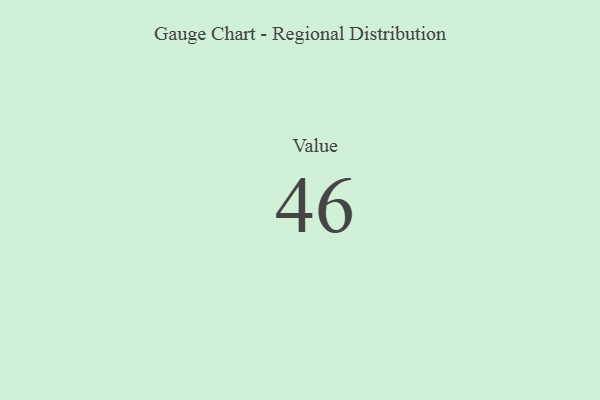
{"axis": {"x": "Metric", "y": "Value"}, "legend": [""], "data": [{"x": "Value", "y": 46, "type": ""}]}